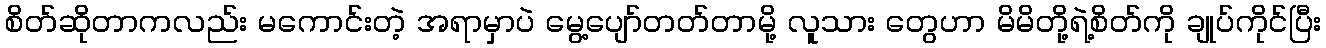
စိတ်ဆိုတာကလည်း မကောင်းတဲ့ အရာမှာပဲ မွေ့ပျော်တတ်တာမို့ လူသား တွေဟာ မိမိတို့ရဲ့စိတ်ကို ချုပ်ကိုင်ပြီး